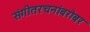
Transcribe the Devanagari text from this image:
संगीतरचनांबरोबर